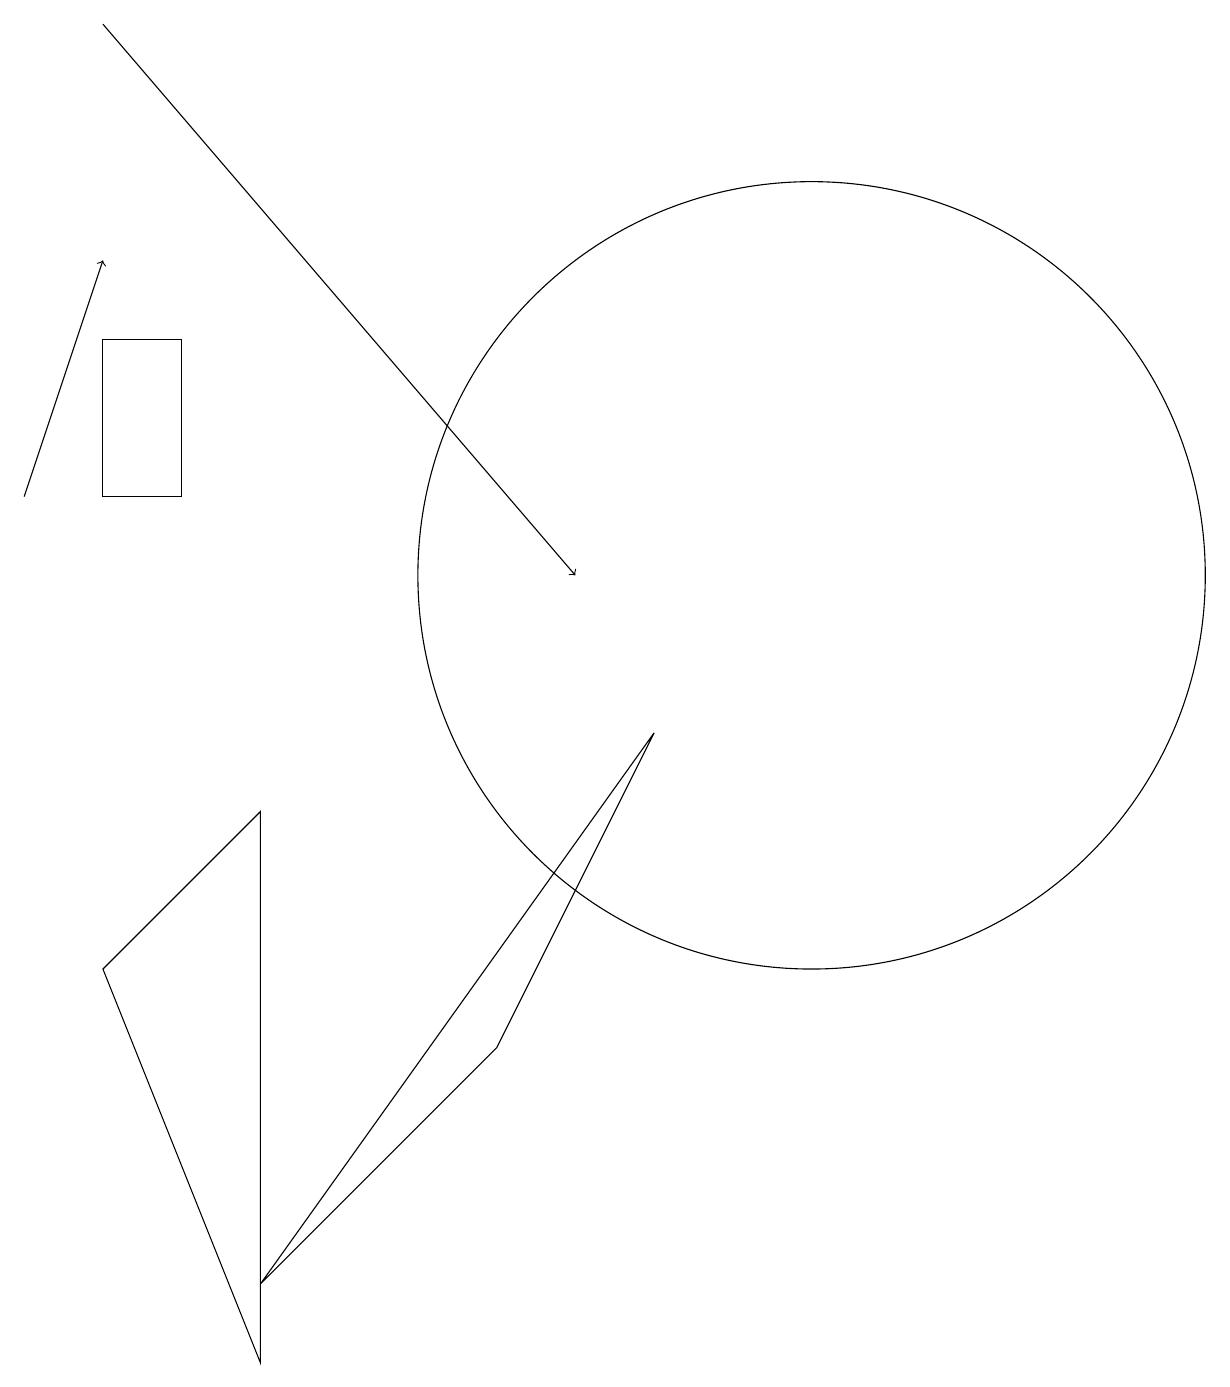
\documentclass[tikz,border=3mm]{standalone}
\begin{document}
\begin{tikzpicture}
\draw (9,9) -- (7,5) -- (4,2) -- cycle;
\draw[->] (2,18) -- (8,11);
\draw (11,11) circle (0);
\draw (11,11) circle (5);
\draw (4,8) -- (2,6) -- (4,1) -- cycle;
\draw (2,12) rectangle (3,14);
\draw[->] (1,12) -- (2,15);
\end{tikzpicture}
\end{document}